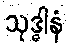
သုဒ္ဓါနံ